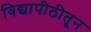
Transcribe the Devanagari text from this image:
विद्यापीठीतून